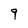
Character: 9